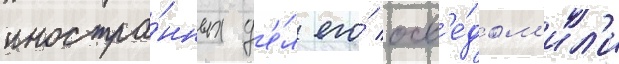
иностра́нных д'е́л его́ осв'е́дом'ил'и